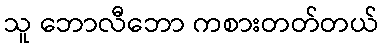
သူ ဘောလီဘော ကစားတတ်တယ်